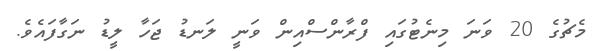
މެޗުގެ 20 ވަނަ މިނެޓުގައި ފްރާންސްއިން ވަނީ ލަނޑު ޖަހާ ލީޑު ނަގާފައެވެ.